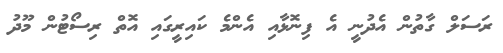
ރަސަލް ގާތުން އެދުނީ އެ ފިނޮޅާއި އެންމެ ކައިރީގައި އޮތް ރިސޯޓުން މޫދު